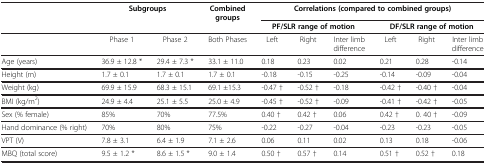
|  | <COLSPAN=2> Subgroups | Combined groups | <COLSPAN=6> Correlations (compared to combined groups) |
 |  |  |  |  | <COLSPAN=3> PF/SLR range of motion | <COLSPAN=3> DF/SLR range of motion |
 | --- | --- | --- | --- | --- | --- | --- | --- | --- | --- |
 |  | Phase 1 | Phase 2 | Both Phases | Left | Right | Inter limb difference | Left | Right | Inter limb difference |
 | Age (years) | 36.9 ± 12.8 * | 29.4 ± 7.3 * | 33.1 ± 11.0 | 0.18 | 0.23 | 0.02 | 0.21 | 0.28 | -0.14 |
 | Height (m) | 1.7 ± 0.1 | 1.7 ± 0.1 | 1.7 ± 0.1 | -0.18 | -0.15 | -0.25 | -0.14 | -0.09 | -0.04 |
 | Weight (kg) | 69.9 ± 15.9 | 68.3 ± 15.1 | 69.1 ±15.3 | -0.47 † | -0.52 † | -0.18 | -0.42 † | -0.40 † | -0.04 |
 | BMI (kg/m2) | 24.9 ± 4.4 | 25.1 ± 5.5 | 25.0 ± 4.9 | -0.45 † | -0.52 † | -0.09 | -0.41 † | -0.42 † | -0.05 |
 | Sex (% female) | 85% | 70% | 77.5% | 0.40 † | 0.42 † | 0.06 | 0.42 † | 0. 40 † | -0.09 |
 | Hand dominance (% right) | 70% | 80% | 75% | -0.22 | -0.27 | -0.04 | -0.23 | -0.23 | -0.05 |
 | VPT (V) | 7.8 ± 3.1 | 6.4 ± 1.9 | 7.1 ± 2.6 | 0.06 | 0.11 | 0.02 | 0.13 | 0.18 | -0.06 |
 | MBQ (total score) | 9.5 ± 1.2 * | 8.6 ± 1.5 * | 9.0 ± 1.4 | 0.50 † | 0.57 † | 0.14 | 0.51 † | 0.52 † | 0.18 |